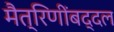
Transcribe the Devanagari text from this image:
मैत्रिणींबद्दल